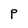
Character: P